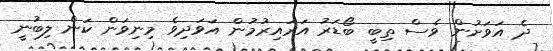
ދެ އަވަށުން ވެސް ތިބީ ބޯޑަރު އަރައިރުމުން އަވަދިވެ މިނިވަން ކަން ލިބުނީ